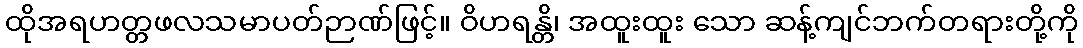
ထိုအရဟတ္တဖလသမာပတ်ဉာဏ်ဖြင့်။ ဝိဟရန္တိ၊ အထူးထူး သော ဆန့်ကျင်ဘက်တရားတို့ကို